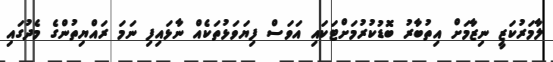
ލާމަރުކަޒީ ނިޒާމަށް އިތުބާރު ބޮޑުކުރުމަށްޓަކައި އަވަސް ފިޔަވަޅުތަކެއް ނާޅައިފި ނަމަ ރައްޔިތުންގެ މެދުގައި